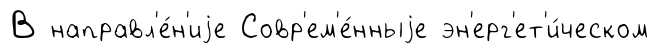
В направл'е́н'иjе Совр'ем'е́нныjе эн'ерг'ет'и́ческом